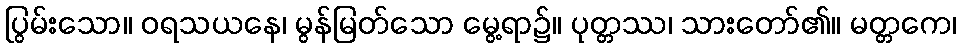
ပြွမ်းသော။ ဝရသယနေ၊ မွန်မြတ်သော မွေ့ရာ၌။ ပုတ္တဿ၊ သားတော်၏။ မတ္တကေ၊